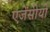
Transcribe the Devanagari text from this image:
एजेंसीयों